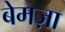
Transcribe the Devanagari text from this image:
बेमज़ा